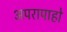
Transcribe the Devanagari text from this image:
अपरापाहो